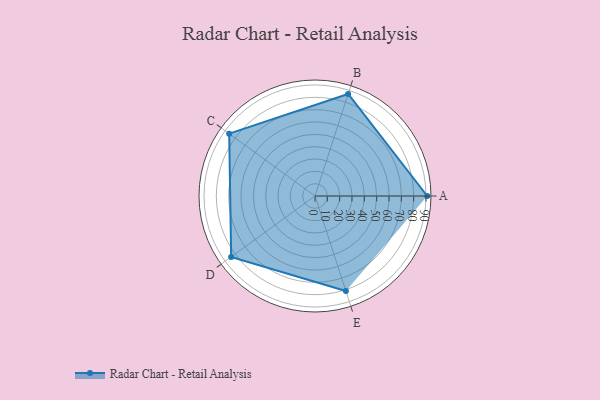
{"axis": {"x": "Skill", "y": "Score"}, "legend": ["Profile"], "data": [{"x": "A", "y": 91.0, "type": "Profile"}, {"x": "B", "y": 87.0, "type": "Profile"}, {"x": "C", "y": 86.0, "type": "Profile"}, {"x": "D", "y": 84.0, "type": "Profile"}, {"x": "E", "y": 81.0, "type": "Profile"}]}